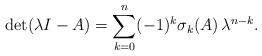
LaTeX: \begin{align*}\det (\lambda I - A) = \sum_{k = 0}^n (-1)^k \sigma_k(A)\,\lambda^{n-k}.\end{align*}